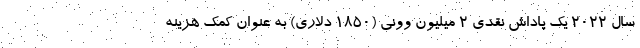
سال 2022 یک پاداش نقدی 2 میلیون وونی (1850 دلاری) به عنوان کمک هزینه‌